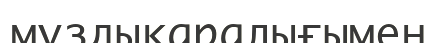
мұздықаралығымен